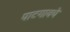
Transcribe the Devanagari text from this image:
पाटगावचे